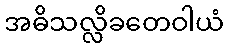
အဓိသလ္လိခတေဝါယံ